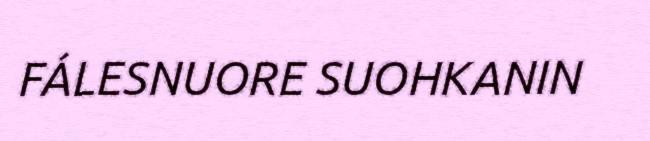
FÁLESNUORE SUOHKANIN